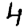
Digit: 4